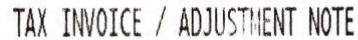
TAX INVOICE / ADJUSTMENT NOTE